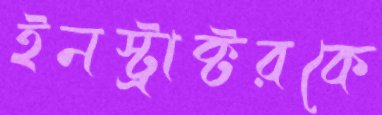
ইনস্ট্রাক্টরকে